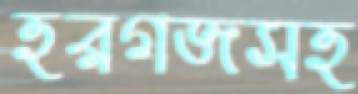
হরগজসহ